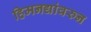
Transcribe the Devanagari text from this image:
हिमनद्यांवरुन